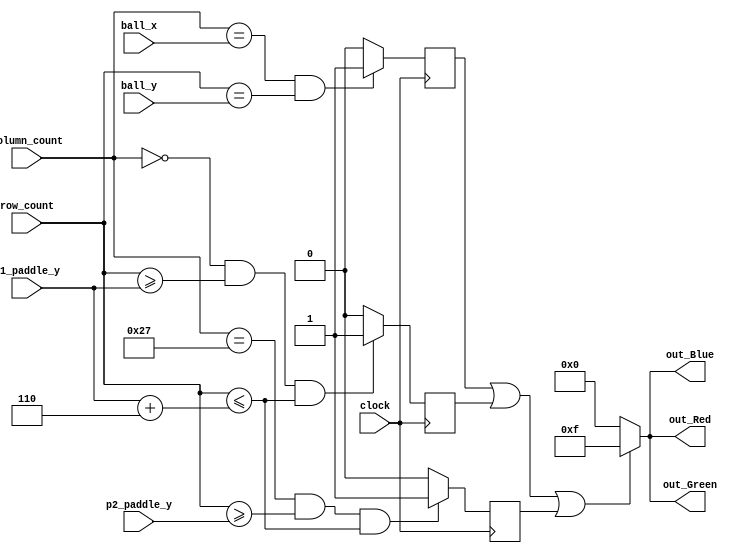
// Purpose of this Module:
// Check if the paddles or ball is located in the current position
// If so, then assign color to it
module Draw #(
    parameter
    P1_PADDLE_X = 0,
    P2_PADDLE_X = 39,
    PADDLE_HEIGHT = 6
    ) (
    input clock,
    input [5:0] p1_paddle_y,
    input [5:0] p2_paddle_y,
    input [5:0] ball_x,
    input [5:0] ball_y,
    input [5:0] column_count,
    input [5:0] row_count,

    output [3:0] out_Red,
    output [3:0] out_Green,
    output [3:0] out_Blue
    );


    reg draw_ball = 0, draw_paddle_p1 = 0, draw_paddle_p2 = 0;
    // Draw determines whether the current position needs color
    wire draw; 
    assign draw = draw_ball | draw_paddle_p1 | draw_paddle_p2;


    // Determine if the paddles or the ball is in current position
    always @(posedge clock) begin
        draw_paddle_p1 <= ((column_count == P1_PADDLE_X) && (row_count >= p1_paddle_y)
        && (row_count <= p1_paddle_y + PADDLE_HEIGHT)) ? 1 : 0;
        draw_paddle_p2 <= ((column_count == P2_PADDLE_X) && (row_count >= p2_paddle_y)
        && (row_count <= p1_paddle_y + PADDLE_HEIGHT)) ? 1 : 0;

        draw_ball <= (column_count == ball_x && row_count == ball_y) ? 1 : 0;
    end


    // Assign white when the paddles or ball is in current position 
    assign out_Red = draw ? 4'b1111 : 4'b0000;
    assign out_Green = draw ? 4'b1111 : 4'b0000;
    assign out_Blue = draw ? 4'b1111 : 4'b0000;
        
endmodule